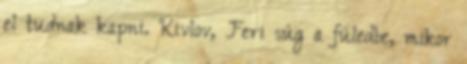
el tudnak kapni. Kivlov, Feri súg a füledbe, mikor